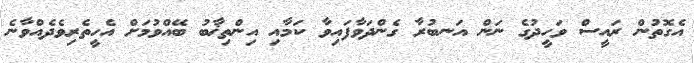
އެގޮތުން ރައީސް ވަހީދުގެ ނަން އަނބުރާ ގެންދަވާފައިވާ ކަމާއި އިންތިޚާބު ބޭއްވުމަށް އެހީތެރިވެދެއްވާނެ